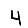
Digit: 4